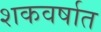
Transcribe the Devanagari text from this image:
शकवर्षात